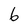
Character: 6